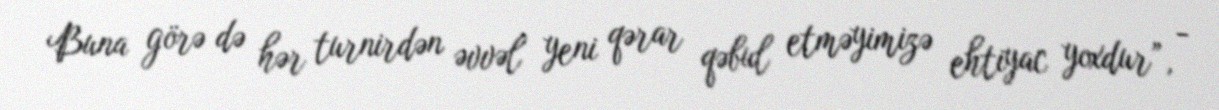
Buna görə də hər turnirdən əvvəl yeni qərar qəbul etməyimizə ehtiyac yoxdur”, -